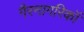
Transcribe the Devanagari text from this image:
गैरनागरिकॉ